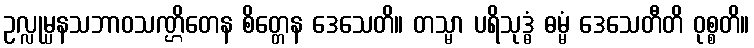
ဥလ္လုမ္ပနသဘာဝသဏ္ဌိတေန စိတ္တေန ဒေသေတိ။ တသ္မာ ပရိသုဒ္ဓံ ဓမ္မံ ဒေသေတီတိ ဝုစ္စတိ။